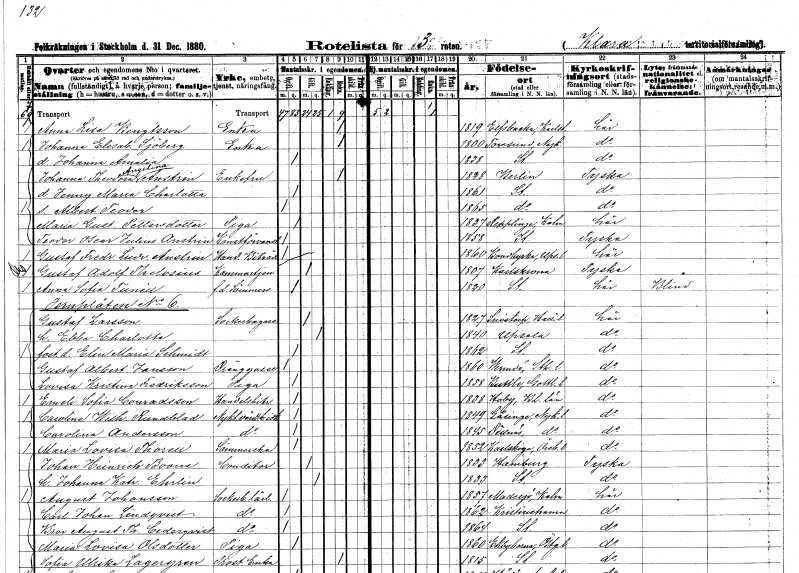
gt_parse: households: individuals: FN: Anna Lisa
EN: Bengtsson
YRKE: Änka
KON: K
CIV: E
FODAR: 1819
FODFORS: Älvsbacka Värmlands län
FN: Johanna Elisabet
EN: Sjöberg
YRKE: Änka
KON: K
CIV: E
FODAR: 1800
FODFORS: Toresund Södermanlands län
FN: Johanna Amalia
KON: K
CIV: O
FODAR: 1838
FODFORS: Stockholm
FN: Johanna Theodora Angelina
EN: Anstrim
KON: K
CIV: E
FODAR: 1828
FN: Jenny Maria Charlotta
KON: K
CIV: O
FODAR: 1861
FODFORS: Stockholm
FN: Albert Teodor
KON: M
CIV: O
FODAR: 1865
FODFORS: Stockholm
FN: Maria Gustafva
EN: Pettersdotter
YRKE: Piga
KON: K
CIV: O
FODAR: 1837
FODFORS: Räpplinge Kalmar län
FN: Teodor Oscar Julius
EN: Anstrim
YRKE: Konstförvandt
KON: M
CIV: O
FODAR: 1858
FODFORS: Stockholm
FN: Gustaf Fredrik Ludvig
EN: Anstrim
YRKE: Handelsbiträde
KON: M
CIV: O
FODAR: 1860
FODFORS: Bondkyrka Uppsala län
FN: Gustaf Adolf
EN: Thelosius
YRKE: Kammartjänare
KON: M
CIV: G
FODAR: 1807
FODFORS: Karlskrona Blekinge län
FN: Anna Sofia
EN: Tunéll
YRKE: Sömmerska f.d.
KON: K
CIV: O
FODAR: 1820
FODFORS: Stockholm
FN: Gustaf
EN: Larsson
YRKE: Sockerbagare
KON: M
CIV: G
FODAR: 1827
FODFORS: Snöstorp Hallands län
FN: Ebba Charlotta
KON: K
CIV: G
FODAR: 1840
FODFORS: Uppsala Uppsala län
FN: Elin Maria
EN: Schmidt
KON: K
CIV: O
FODAR: 1862
FODFORS: Stockholm
FN: Gustaf Albert
EN: Jansson
YRKE: Dränggosse
KON: M
CIV: O
FODAR: 1860
FODFORS: Värmdö Stockholms län
FN: Lovisa Kristina
EN: Fredriksson
YRKE: Piga
KON: K
CIV: O
FODAR: 1858
FODFORS: Buttle Gotlands län
FN: Emeli Sofia
EN: Conradsson
YRKE: Handelsbiträde
KON: K
CIV: O
FODAR: 1838
FODFORS: Hoby Blekinge län
FN: Carolina Wilhelmina
EN: Rundblad
YRKE: Nykterhetsvärdshusidkare
KON: K
CIV: O
FODAR: 1849
FODFORS: Gåsinge Södermanlands län
FN: Carolina
EN: Andersson
YRKE: Nykterhetsvärdshusidkare
KON: K
CIV: O
FODAR: 1845
FODFORS: Dillnäs Södermanlands län
FN: Maria Lovisa
EN: Thorell
YRKE: Sömmerska
KON: K
CIV: O
FODAR: 1852
FODFORS: Karlskoga Örebro län
FN: Johan Henrich
EN: Boone
YRKE: Konditor
KON: M
CIV: G
FODAR: 1833
FN: Johanna Katrina
EN: Ehrlin
KON: K
CIV: G
FODAR: 1833
FODFORS: Stockholm
FN: August
EN: Johansson
YRKE: Sockerbagarelärling
KON: M
CIV: O
FODAR: 1857
FODFORS: Madesjö Kalmar län
FN: Carl Johan
EN: Lindqvist
YRKE: Sockerbagarelärling
KON: M
CIV: O
FODAR: 1862
FODFORS: Kristinehamn Värmlands län
FN: Bror August Theodor
EN: Cederqvist
YRKE: Sockerbagarelärling
KON: M
CIV: O
FODAR: 1864
FODFORS: Stockholm
FN: Maria Lovisa
EN: Olsdotter
YRKE: Piga
KON: K
CIV: O
FODAR: 1860
FODFORS: Ekebyborna Östergötlands län
FN: Sofia Ulrika
EN: Lagergren
YRKE: Prostänka
KON: K
CIV: E
FODAR: 1815
FODFORS: Stockholm